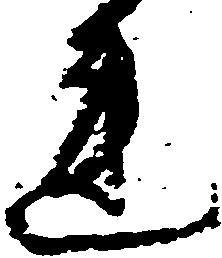
連